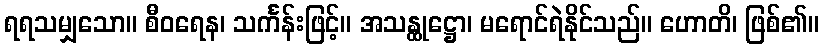
ရရသမျှသော။ စီဝရေန၊ သင်္ကန်းဖြင့်။ အသန္ထုဋ္ဌော၊ မရောင်ရဲနိုင်သည်။ ဟောတိ၊ ဖြစ်၏။